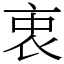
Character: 衷